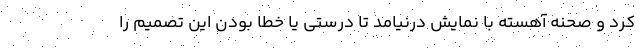
کرد و صحنه آهسته با نمایش درنیامد تا درستی یا خطا بودن این تصمیم را